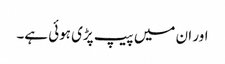
اور ان میں پیپ پڑی ہوئی ہے۔